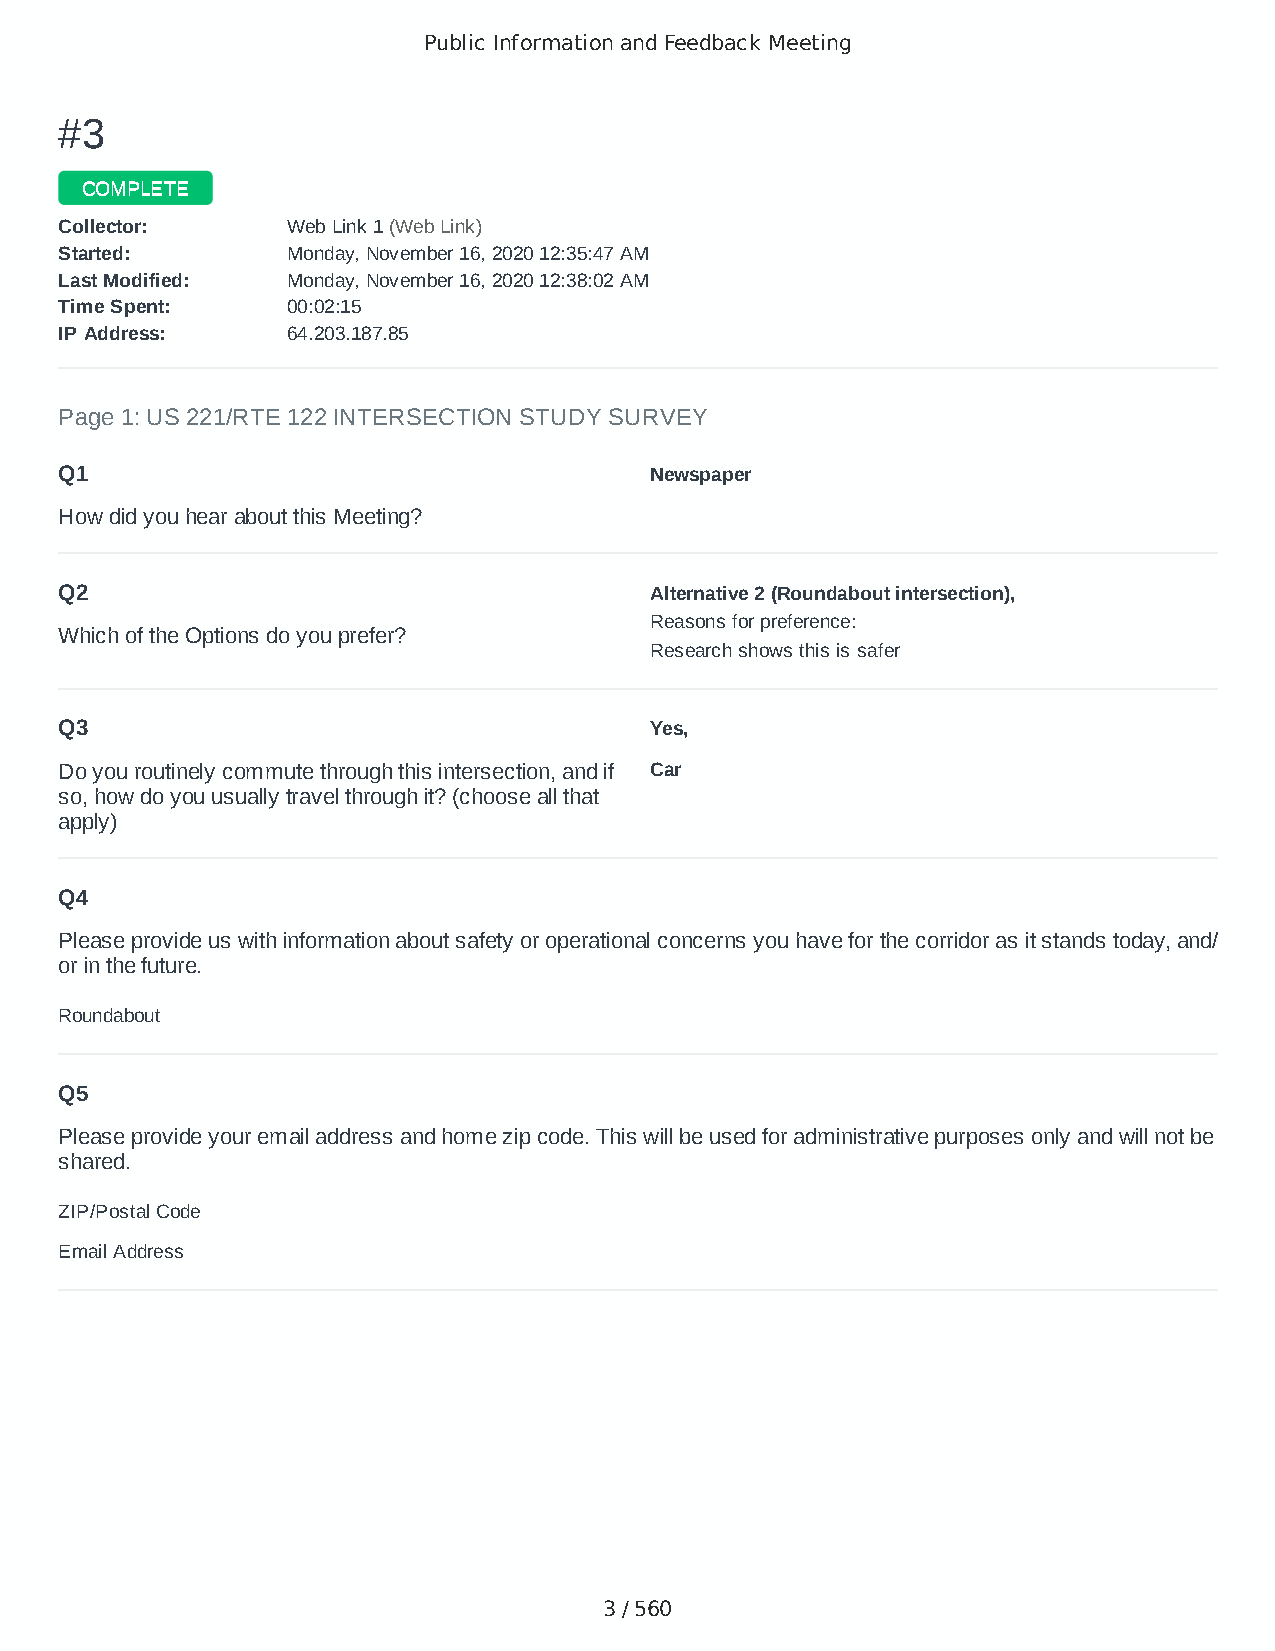
Public Information and Feedback Meeting
 ##33
 CCOOMMPPLLEETTEE
 CCoolllleeccttoorr:: WWeebb LLiinnkk 11 ((WWeebb LLiinnkk))
 SSttaarrtteedd:: MMoonnddaayy,, NNoovveemmbbeerr 1166,, 22002200 1122::3355::4477 AAMM
 LLaasstt MMooddiiffiieedd:: MMoonnddaayy,, NNoovveemmbbeerr 1166,, 22002200 1122::3388::0022 AAMM
 TTiimmee SSppeenntt:: 0000::0022::1155
 IIPP AAddddrreessss:: 6644..220033..118877..8855
 Page 1: US 221/RTE 122 INTERSECTION STUDY SURVEY
 Q1                                     Newspaper
 How did you hear about this Meeting?
 Q2                                     Alternative 2 (Roundabout intersection),
 Reasons for preference:
 Which of the Options do you prefer?
 Research shows this is safer
 Q3                                     Yes,
 Do you routinely commute through this intersection, and if Car
 so, how do you usually travel through it? (choose all that
 apply)
 Q4
 Please provide us with information about safety or operational concerns you have for the corridor as it stands today, and/
 or in the future.
 Roundabout
 Q5
 Please provide your email address and home zip code. This will be used for administrative purposes only and will not be
 shared.
 ZIP/Postal Code                        24523
 Email Address                          austinmichaellaws@gmail.com
 3 / 560